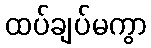
ထပ်ချပ်မကွာ